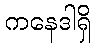
ကနေဒါရှိ